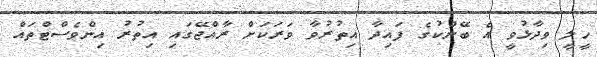
ހީލީ ވިދާޅުވީ އެ ބޭންކުގެ ފައިދާ އިތުރުވާ ވަރަކަށް ރާއްޖޭގައި އިތުރު އިންވެސްޓްތައް